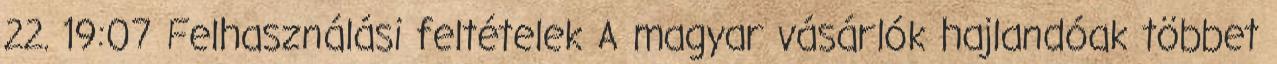
22. 19:07 Felhasználási feltételek A magyar vásárlók hajlandóak többet